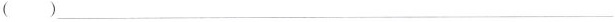
( )_______________________________